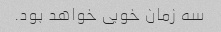
سه زمان خوبی خواهد بود.